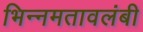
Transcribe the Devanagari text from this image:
भिन्नमतावलंबी